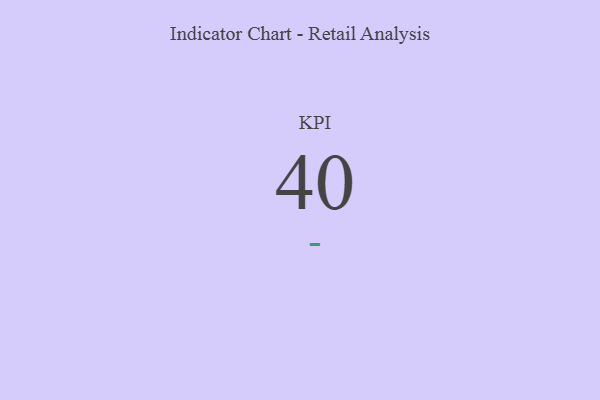
{"axis": {"x": "KPI", "y": "Value"}, "legend": [""], "data": [{"x": "KPI", "y": 40, "type": ""}]}